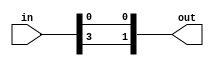
module s0(
input wire [3:0] in,
output wire [1:0] out
);

wire [1:0] row;
wire [1:0] column;

assign row = {in[3], in[0]};

assign out = row;

endmodule